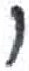
אות: י